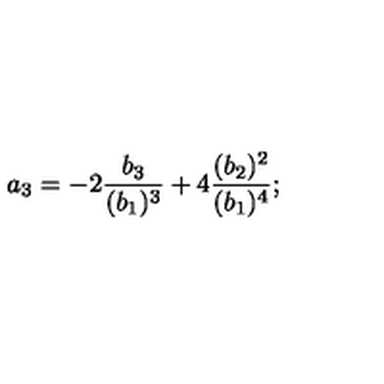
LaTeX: a _ { 3 } = - 2 { \frac { b _ { 3 } } { ( b _ { 1 } ) ^ { 3 } } } + 4 { \frac { ( b _ { 2 } ) ^ { 2 } } { ( b _ { 1 } ) ^ { 4 } } } ;